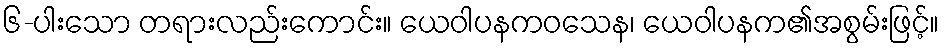
၆-ပါးသော တရားလည်းကောင်း။ ယေဝါပနကဝသေန၊ ယေဝါပနက၏အစွမ်းဖြင့်။